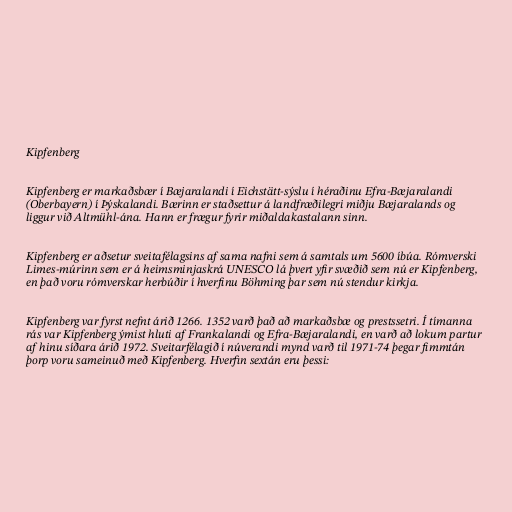
Kipfenberg

Kipfenberg er markaðsbær í Bæjaralandi í Eichstätt-sýslu í héraðinu Efra-Bæjaralandi
(Oberbayern) í Þýskalandi. Bærinn er staðsettur á landfræðilegri miðju Bæjaralands og
liggur við Altmühl-ána. Hann er frægur fyrir miðaldakastalann sinn.

Kipfenberg er aðsetur sveitafélagsins af sama nafni sem á samtals um 5600 íbúa. Rómverski
Limes-múrinn sem er á heimsminjaskrá UNESCO lá þvert yfir svæðið sem nú er Kipfenberg,
en það voru rómverskar herbúðir í hverfinu Böhming þar sem nú stendur kirkja.

Kipfenberg var fyrst nefnt árið 1266. 1352 varð það að markaðsbæ og prestssetri. Í tímanna
rás var Kipfenberg ýmist hluti af Frankalandi og Efra-Bæjaralandi, en varð að lokum partur
af hinu síðara árið 1972. Sveitarfélagið í núverandi mynd varð til 1971-74 þegar fimmtán
þorp voru sameinuð með Kipfenberg. Hverfin sextán eru þessi: